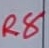
Text: R8